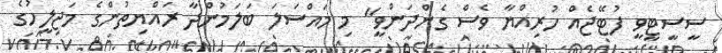
ސީސީޓީވީ ފުޓޭޖެއް ހުރިއްޔާ ވެސް ގެންދަންވީ" މި މައްސަލަ ބަލަމުންދާ ރައްޔިތުންގެ މަޖިލީހުގެ